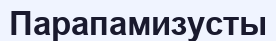
Парапамизусты